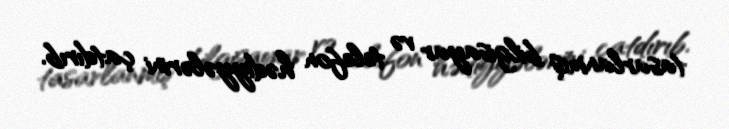
tasarlanmış bilgisayar və telefon hədiyyələrini çatdırıb.